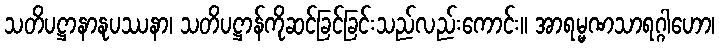
သတိပဋ္ဌာနာနုပဿနာ၊ သတိပဋ္ဌာန်ကိုဆင်ခြင်ခြင်းသည်လည်းကောင်း။ အာရမ္မဏသာရဂ္ဂါဟော၊